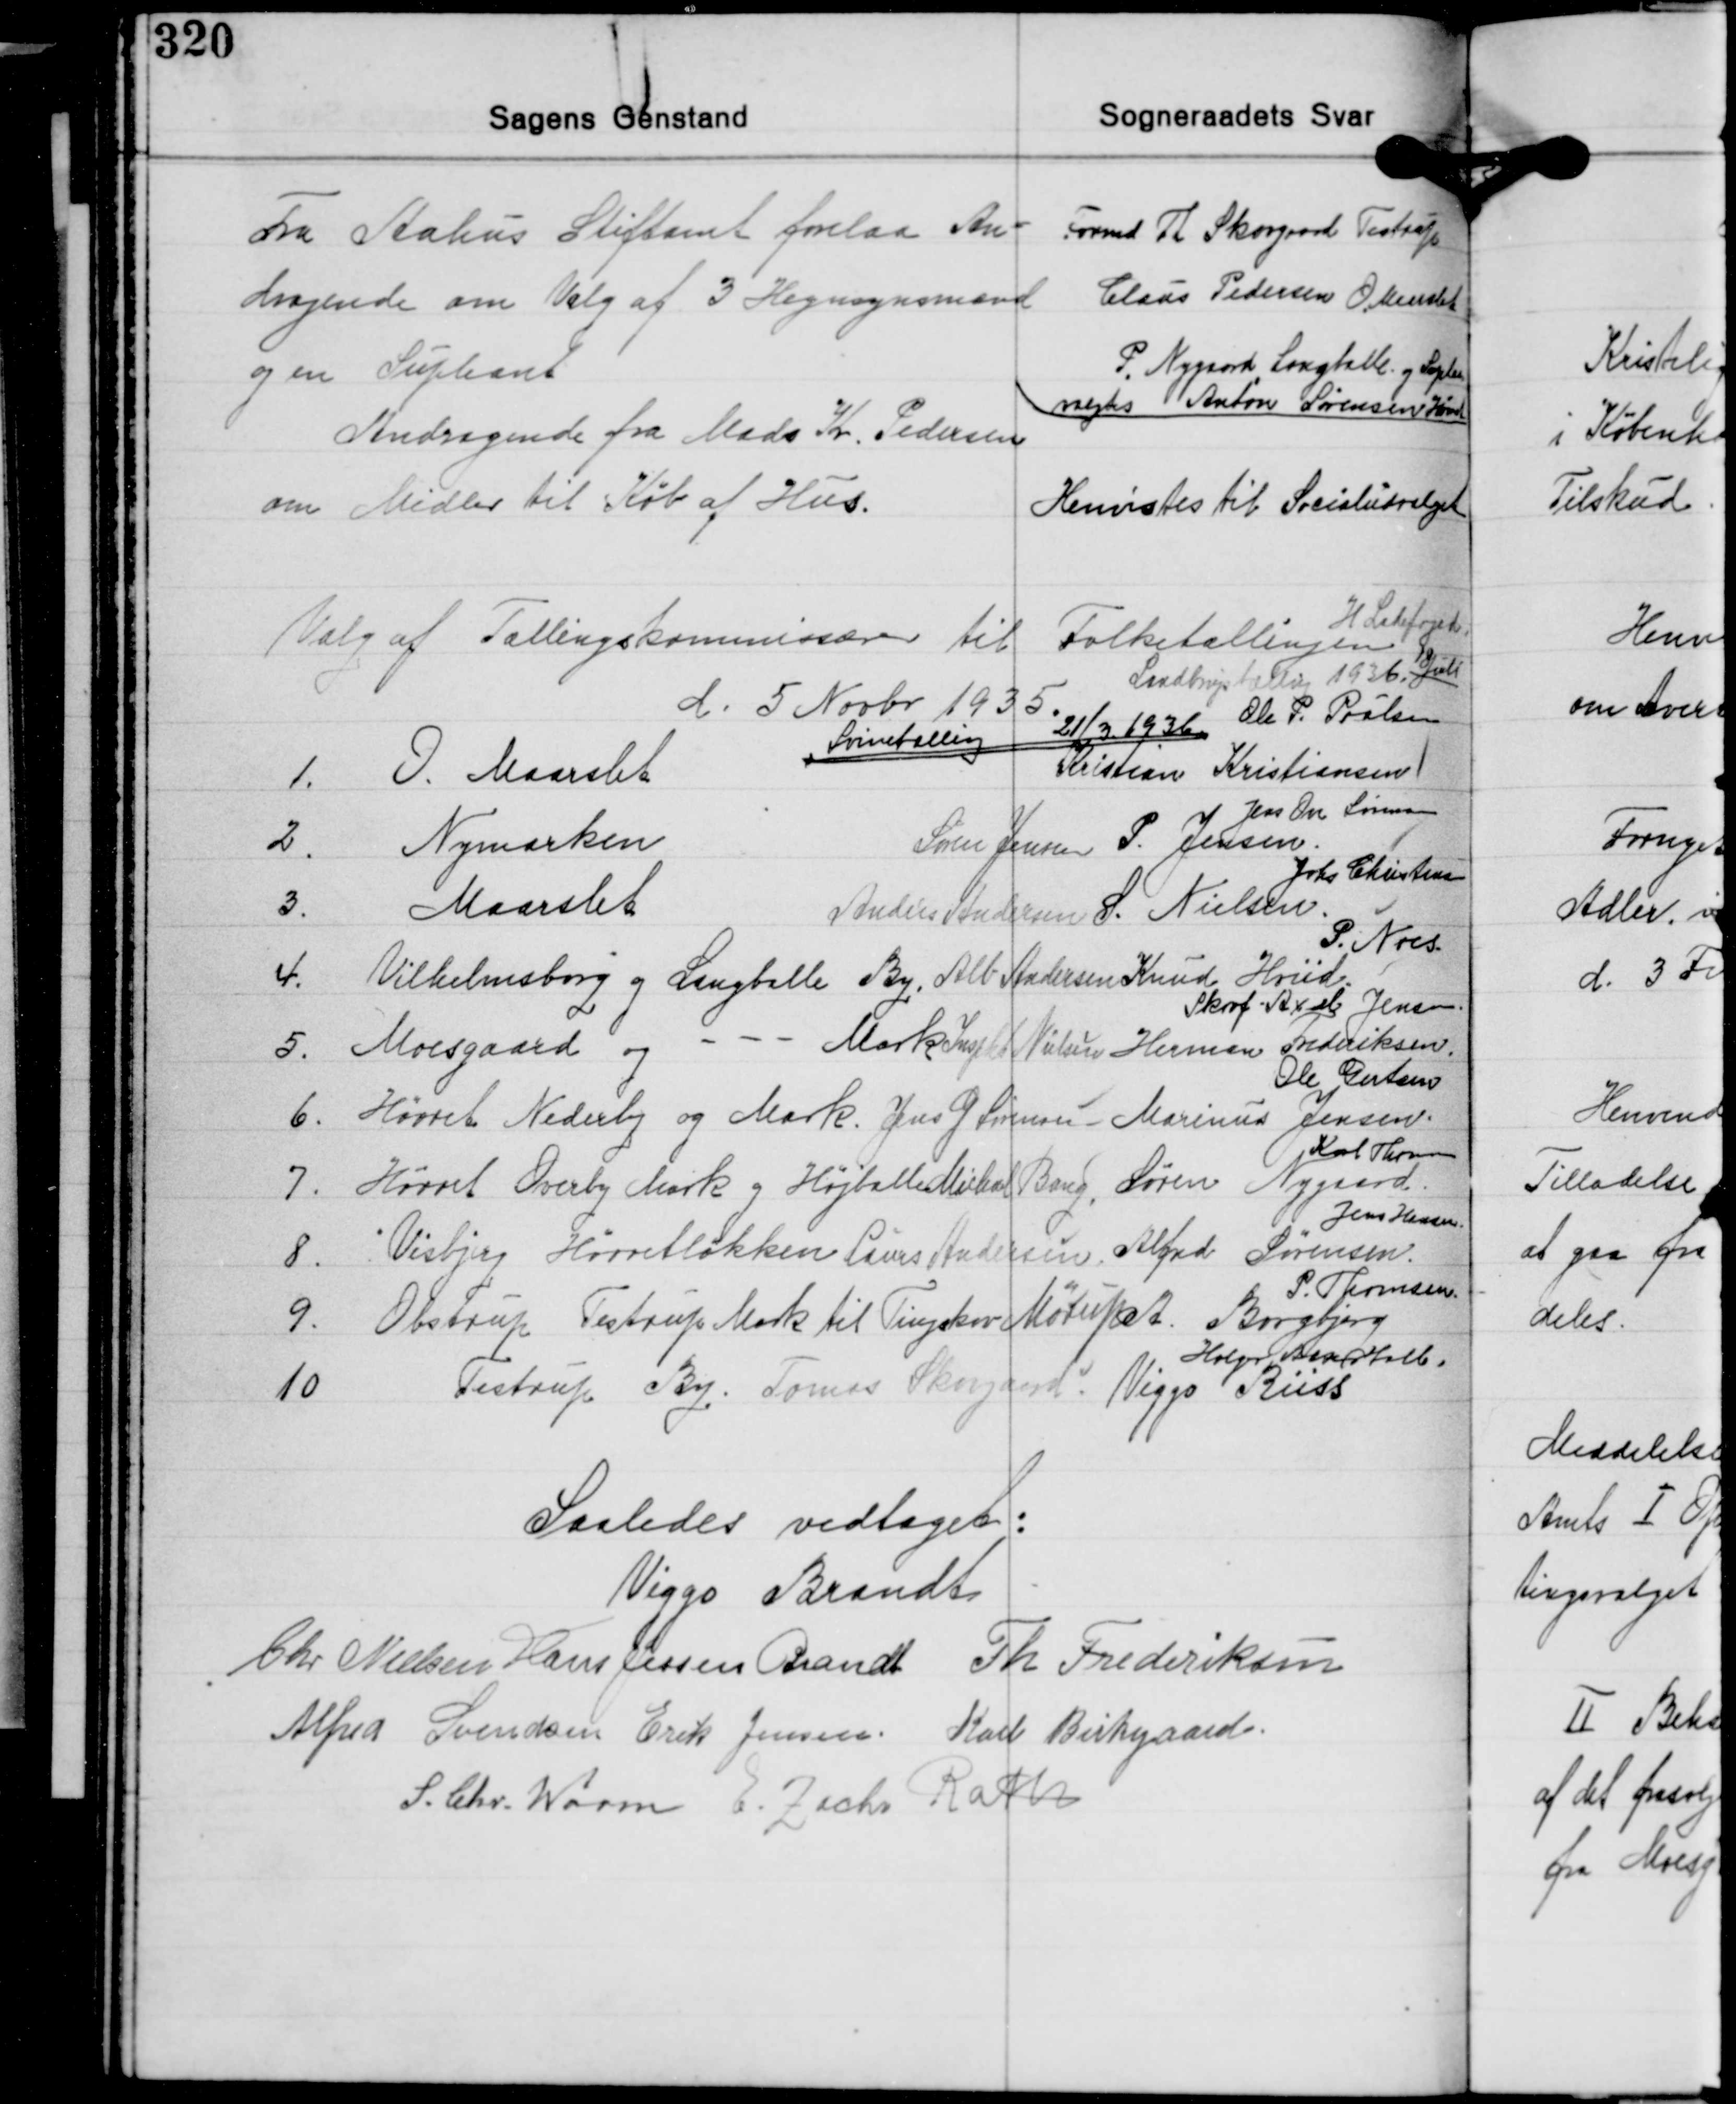
Transskription:
Fra Aahus Stiftamt forelaa An-
dragende om Valg af 3 Hegnsynsmænd
og en Supleant

Formd. Th. Skovgaard Testrup
Claus Pedersen O Maarslet
P. Nygaard Langballe og Supleant
valgtes Anton Sørensen Hørret

Andragende fra Mads Kr. Pedersen
om Midler til Køb af Hus.

Henvistes til Socialudvalget

H. Ladefoged
Valg af Tællingskommissærer til Folketællingen
Landbrugstælling 1936 Juli
d. 5 Novbr 1935
Ole P. Poulsen
Svinetælling 21/3 1936.
1. O. Maarslet
Kristian Kristiansen /
Jens Ove Sørensen
2. Nymarken
Søren Jensen P. Jensen
Johs. Christensen
3. Maarslet
Anders Andersen S. Nielsen
P. Noes.
4. Vilhelmsborg og Langballe By, Alb. Andersen Knud Hviid.
SKovf.  Axel Jensen
5. Moesgaard og
- - Mark Inspkt. Nielsen Herman Frederiksen
Ole Gertsen
6. Hørret Nederby og Mark. Jens G Sørensen Marinus Jensen. Karl Thomsen
7. Hørret Overby Mark og Højballe Michael Bang, Søren Nygaard
Karl Th
Jens Hansen
8. Visbjeg Hørretløkken Laus Andersen Alfred Sørensen.
P. Thomsen.
9. Obstrup Testrup Mark til Tingskov Mørup.... A. Borgbjerg
Holger Aage Halb.
10 Testrup By. Tomas Skovgaard Viggo Riiss

Saaledes vedtaget.
Viggo Brandt
Chr. Nielsen Hans Jessen Brandt Th. Frederiksen
Alfred Svendsen Erik Jensen Karl Birkegaard
S. Chr. Worm E. Zacho Rath